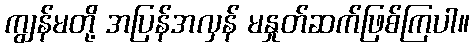
ကျွန်မတို့ အပြန်အလှန် မနှုတ်ဆက်ဖြစ်ကြပါ။